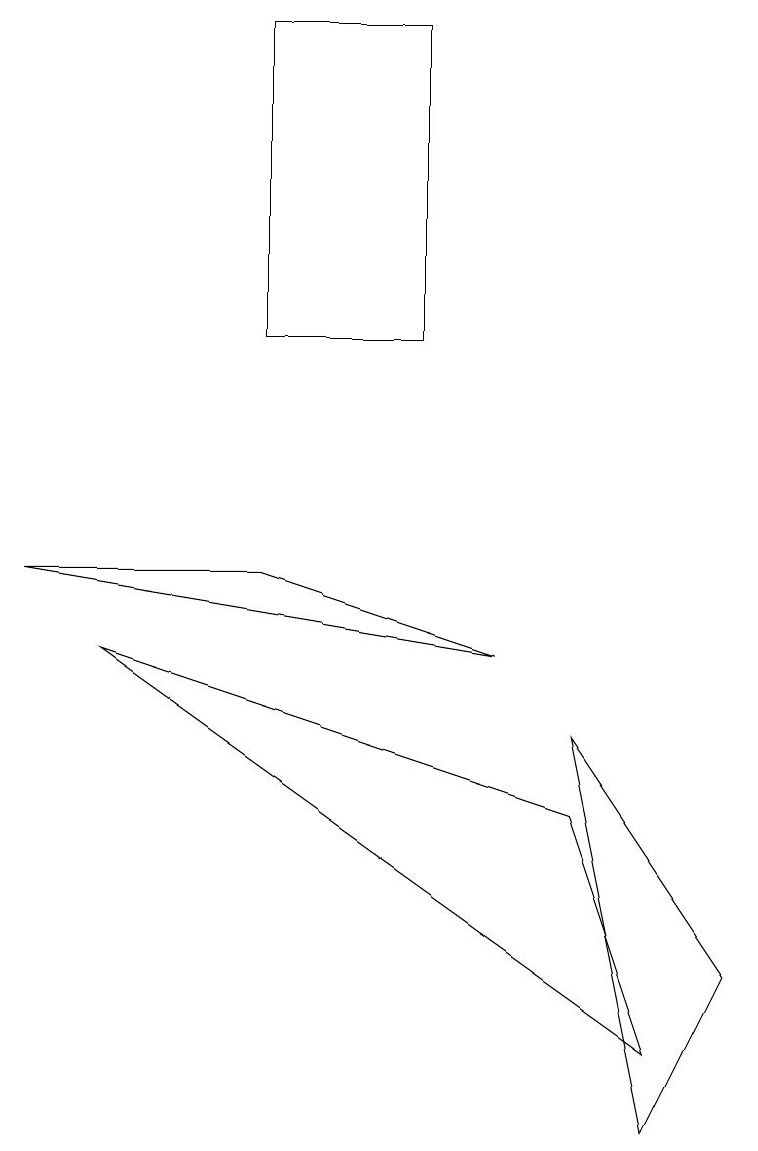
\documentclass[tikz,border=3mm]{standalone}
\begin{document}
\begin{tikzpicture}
\draw (1,7) -- (7,5) -- (8,2) -- cycle;
\draw (5,11) rectangle (3,15);
\draw (7,6) -- (9,3) -- (8,1) -- cycle;
\draw (0,8) -- (3,8) -- (6,7) -- cycle;
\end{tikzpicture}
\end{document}